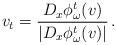
LaTeX: \begin{align*}v_t = \frac{D_x \phi^t_\omega(v)}{|D_x \phi^t_\omega(v)|} \,. \end{align*}